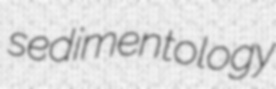
sedimentology